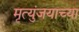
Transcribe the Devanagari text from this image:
मृत्युंजयाच्या